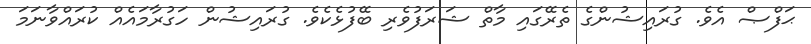
ޙަފްޞް އެވެ. ގުރައިޝުންގެ ތެރޭގައި މާތް ޝަރަފުވެރި ބޭފުޅެކެވެ. ގުރައިޝުން ހަގުރާމައެއް ކުރައްވާނަމަ